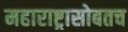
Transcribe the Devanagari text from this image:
महाराष्ट्रासोबतच